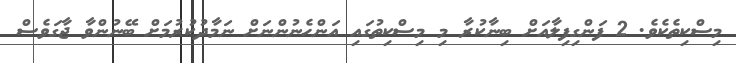
މިސްކިތެކެވެ. 2 ފަންގިފިލާއަށް ބިނާކުރާ މި މިސްކިތުގައި އަންހެނުންނަށް ނަމާދުކުރުމަށް ބޭނުންވާ ޖާގަވެސް